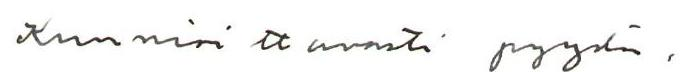
Kunnioittavasti pyydän,